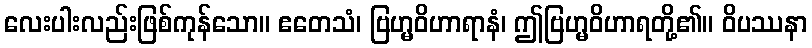
လေးပါးလည်းဖြစ်ကုန်သော။ ဧတေသံ၊ ဗြဟ္မဝိဟာရာနံ၊ ဤဗြဟ္မဝိဟာရတို့၏။ ဝိပဿနာ